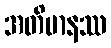
အတိမာနဿ